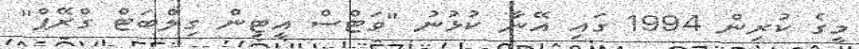
މީގެ ކުރިން 1994 ގައި އޭނާ ކުޅުނު "ވަޓްސް އީޓިން ގިލްބަޓް ގްރޭޕް"